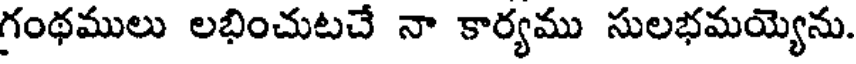
గంథములు లభించుటచే నా కార్యము సులభమయ్యెను.